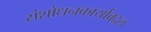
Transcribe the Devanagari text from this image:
संशोधनकार्याबद्दल